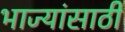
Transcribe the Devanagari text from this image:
भाज्यांसाठी